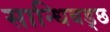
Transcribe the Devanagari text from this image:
सान्धिबड्छ